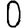
Digit: 0